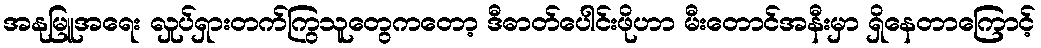
အနုမြူအရေး လှုပ်ရှားတက်ကြွသူတွေကတော့ ဒီဓာတ်ပေါင်းဖိုဟာ မီးတောင်အနီးမှာ ရှိနေတာကြောင့်